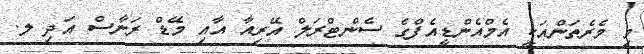
މި މެރެތަންއަކީ އެމްއެންޑީއެފްގެ ސެންޓްރަލް އޭރިއާ އާއި މޭޑް ރަނާސް އަދި ލ.